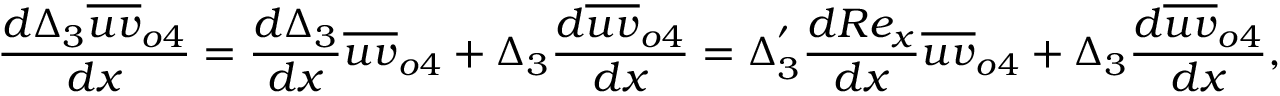
\frac { d \Delta _ { 3 } \overline { { u v } } _ { o 4 } } { d x } = \frac { d \Delta _ { 3 } } { d x } \overline { { u v } } _ { o 4 } + \Delta _ { 3 } \frac { d \overline { { u v } } _ { o 4 } } { d x } = \Delta _ { 3 } ^ { ' } \frac { d R e _ { x } } { d x } \overline { { u v } } _ { o 4 } + \Delta _ { 3 } \frac { d \overline { { u v } } _ { o 4 } } { d x } ,